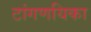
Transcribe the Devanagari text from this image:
टांगणयिका